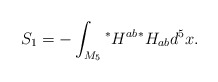
\begin{align*}S_1=-\int_{M_5}{}^*H^{ab}{}^*H_{ab} d^5x. \end{align*}